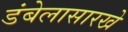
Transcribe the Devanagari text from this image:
डंबेलासारखे